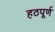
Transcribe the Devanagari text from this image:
हठपूर्ण